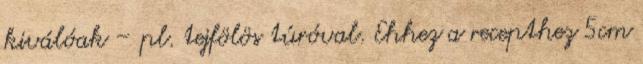
kiválóak – pl. tejfölös túróval. Ehhez a recepthez 5cm